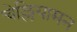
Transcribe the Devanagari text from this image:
चेल्लियामन